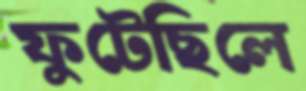
ফুটেছিলে